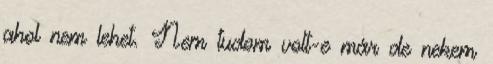
ahol nem lehet. Nem tudom volt-e már de nekem